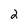
Character: 2